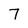
Character: 7